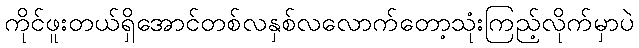
ကိုင်ဖူးတယ်ရှိအောင်တစ်လနှစ်လလောက်တော့သုံးကြည့်လိုက်မှာပဲ